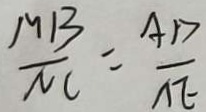
\frac { M B } { N C } = \frac { A D } { \Lambda E }